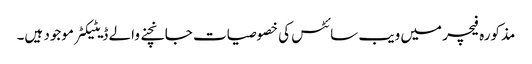
مذکورہ فیچر میں ویب سائٹس کی خصوصیات جانچنے والے ڈیٹیکٹر موجود ہیں۔